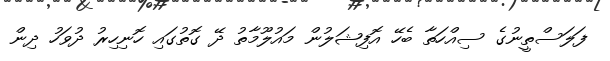
ފަލަސްތީނުގެ ސިއްހަތާ ބެހޭ އޮފިޝަލުން މައުލޫމާތު ދޭ ގޮތުގައި ހޮނިހިރު ދުވަހު ދިން